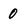
Character: 0